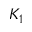
K _ { 1 }